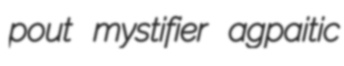
pout mystifier agpaitic